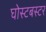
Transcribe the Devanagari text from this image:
घोस्टबस्टर